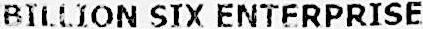
BILLION SIX ENTERPRISE